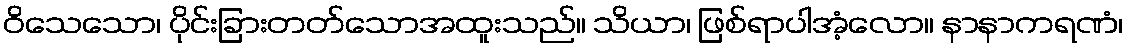
ဝိသေသော၊ ပိုင်းခြားတတ်သောအထူးသည်။ သိယာ၊ ဖြစ်ရာပါအံ့လော။ နာနာကရဏံ၊